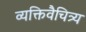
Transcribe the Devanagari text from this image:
व्यक्तिवैचित्र्य